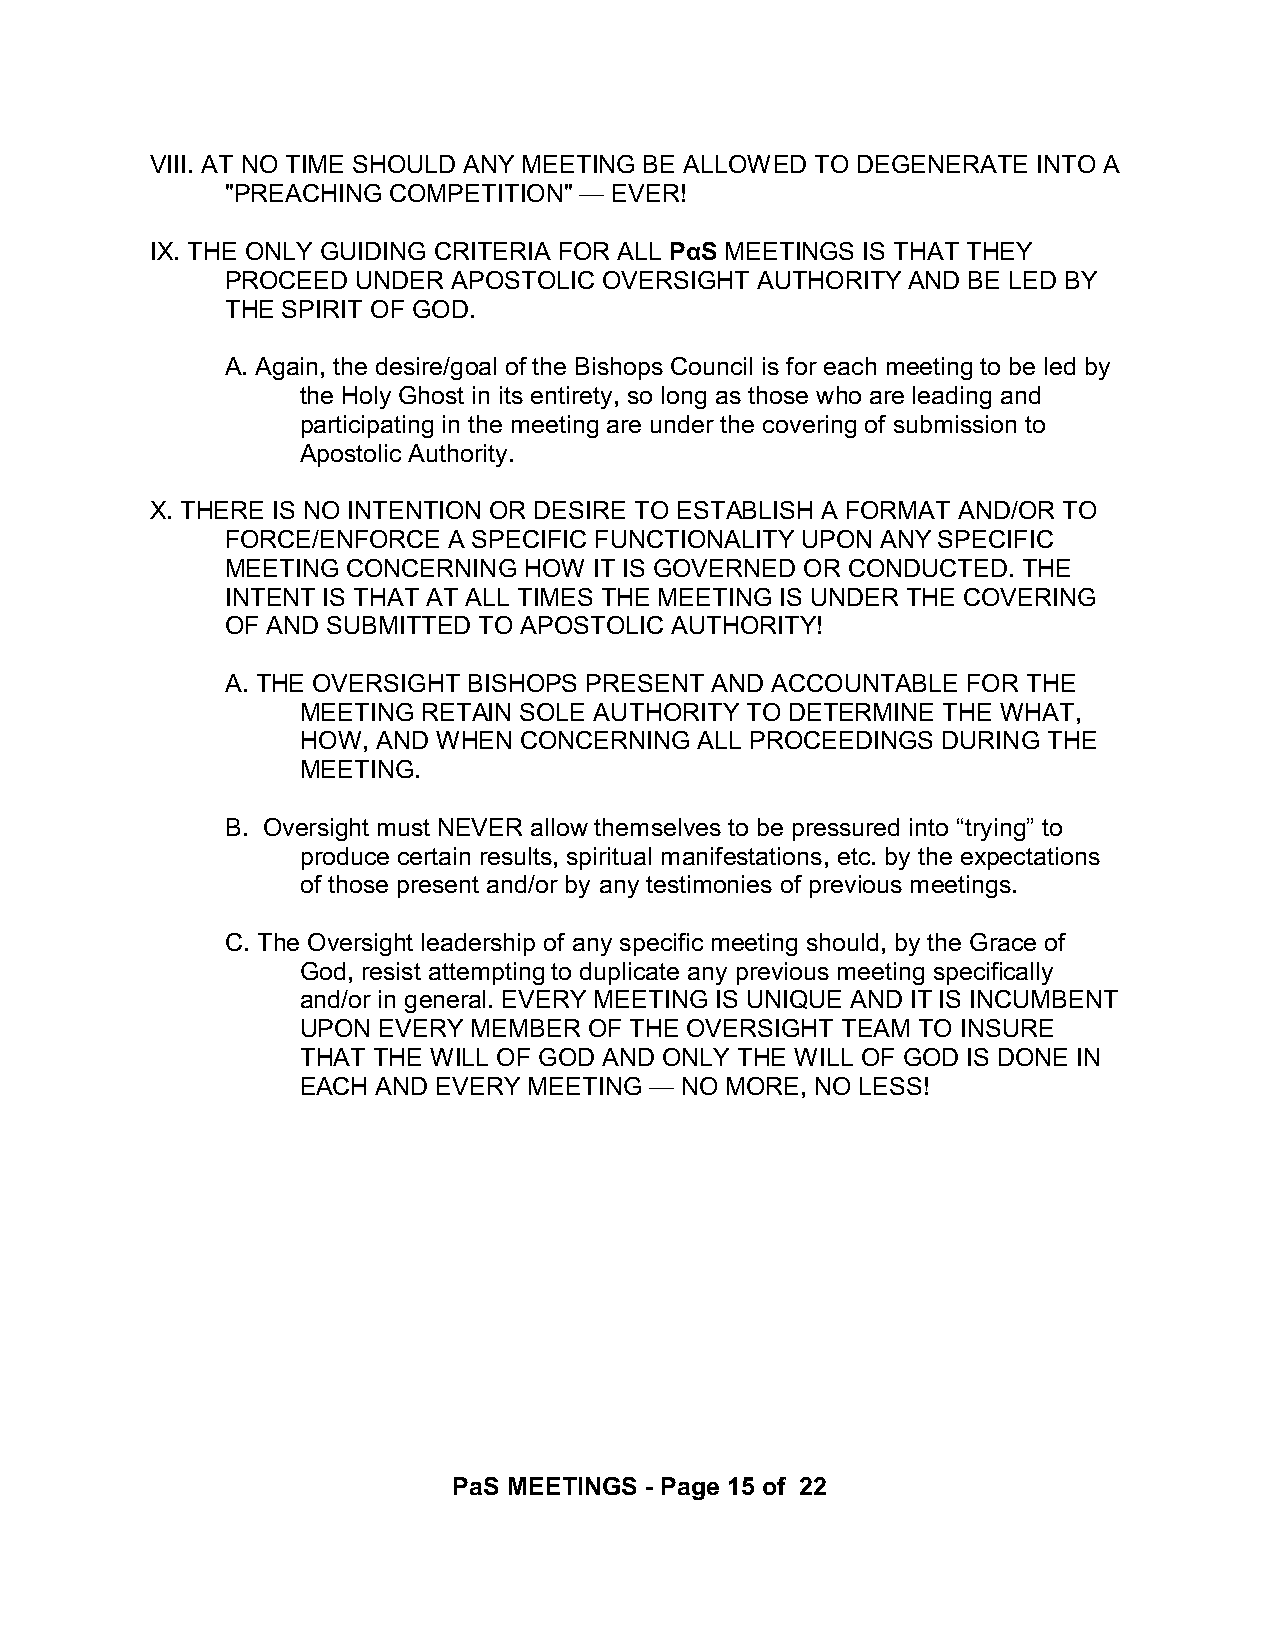
VIII. AT NO TIME SHOULD ANY MEETING BE ALLOWED TO DEGENERATE INTO A
 "PREACHING COMPETITION" — EVER!
 IX. THE ONLY GUIDING CRITERIA FOR ALL PáS MEETINGS IS THAT THEY
 PROCEED  UNDER APOSTOLIC OVERSIGHT AUTHORITY AND BE LED BY
 THE SPIRIT OF GOD.
 A. Again, the desire/goal of the Bishops Council is for each meeting to be led by
 the Holy Ghost in its entirety, so long as those who are leading and
 participating in the meeting are under the covering of submission to
 Apostolic Authority.
 X. THERE IS NO INTENTION OR DESIRE TO ESTABLISH A FORMAT AND/OR TO
 FORCE/ENFORCE  A SPECIFIC FUNCTIONALITY UPON ANY SPECIFIC
 MEETING CONCERNING  HOW IT IS GOVERNED OR CONDUCTED. THE
 INTENT IS THAT AT ALL TIMES THE MEETING IS UNDER THE COVERING
 OF AND SUBMITTED TO APOSTOLIC AUTHORITY!
 A. THE OVERSIGHT BISHOPS PRESENT AND ACCOUNTABLE FOR THE
 MEETING RETAIN SOLE AUTHORITY TO DETERMINE THE WHAT,
 HOW, AND WHEN CONCERNING  ALL PROCEEDINGS DURING THE
 MEETING.
 B. Oversight must NEVER allow themselves to be pressured into “trying” to
 produce certain results, spiritual manifestations, etc. by the expectations
 of those present and/or by any testimonies of previous meetings.
 C. The Oversight leadership of any specific meeting should, by the Grace of
 God, resist attempting to duplicate any previous meeting specifically
 and/or in general. EVERY MEETING IS UNIQUE AND IT IS INCUMBENT
 UPON EVERY MEMBER  OF THE OVERSIGHT TEAM TO INSURE
 THAT THE WILL OF GOD AND ONLY THE WILL OF GOD IS DONE IN
 EACH AND EVERY MEETING — NO MORE, NO LESS!
 PaS MEETINGS - Page 15 of 22